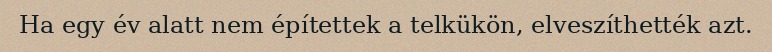
Ha egy év alatt nem építettek a telkükön, elveszíthették azt.